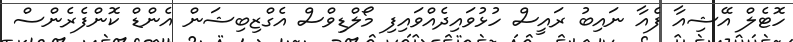
ހޮޓެލް އޭޝިއާ ފެއާ ނައިބު ރައީސް ހުޅުވައިދެއްވައިފި މޯލްޑިވްސް އެގްޒިބިޝަން އެންޑް ކޮންފެރެންސް